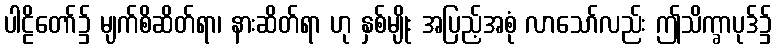
ပါဠိတော်၌ မျက်စိဆိတ်ရာ၊ နားဆိတ်ရာ ဟု နှစ်မျိုး အပြည့်အစုံ လာသော်လည်း ဤသိက္ခာပုဒ်၌